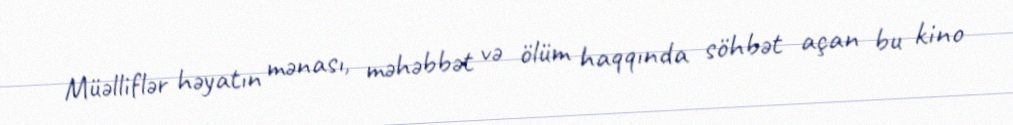
Müəlliflər həyatın mənası, məhəbbət və ölüm haqqında söhbət açan bu kino